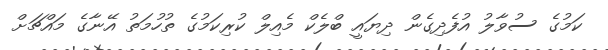
ކަމުގެ ސުވާލު އުފެދިގެން ދިޔައީ ބްލެކް މެއިލް ކުރިކަމުގެ ތުހުމަތު އޭނާގެ މައްޗަށް